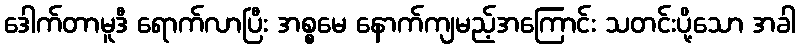
ဒေါက်တာမူဒီ ရောက်လာပြီး အစ္စမေ နောက်ကျမည့်အကြောင်း သတင်းပို့သော အခါ